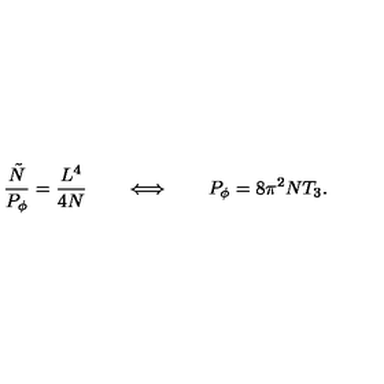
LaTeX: \frac { { \tilde { N } } } { P _ { \phi } } = \frac { L ^ { 4 } } { 4 N } \qquad \Longleftrightarrow \qquad P _ { \phi } = 8 \pi ^ { 2 } N T _ { 3 } .